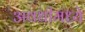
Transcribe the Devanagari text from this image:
अवधीमध्ये